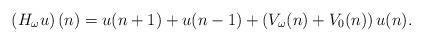
LaTeX: \begin{align*}\left(H_{\omega}u\right)(n)=u(n+1)+u(n-1)+\left(V_\omega(n)+V_0(n)\right)u(n).\end{align*}